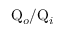
\mathrm { Q } _ { o } / \mathrm { Q } _ { i }